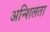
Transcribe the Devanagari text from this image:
अन्शिलता